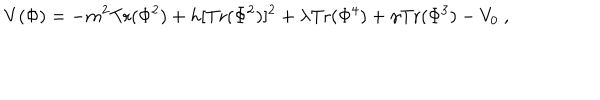
LaTeX: V ( \Phi ) = - m ^ { 2 } \mathrm { T r } ( \Phi ^ { 2 } ) + h [ \mathrm { T r } ( \Phi ^ { 2 } ) ] ^ { 2 } + \lambda \mathrm { T r } ( \Phi ^ { 4 } ) + \gamma \mathrm { T r } ( \Phi ^ { 3 } ) - V _ { 0 } \ ,